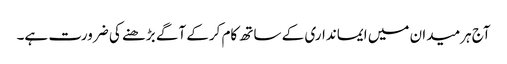
آج ہرمیدان میں ایمانداری کے ساتھ کام کرکے آگے بڑھنے کی ضرورت ہے۔